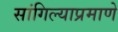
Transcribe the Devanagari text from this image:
सांगिल्याप्रमाणे